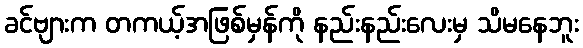
ခင်ဗျားက တကယ့်အဖြစ်မှန်ကို နည်းနည်းလေးမှ သိမနေဘူး